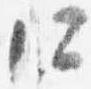
所